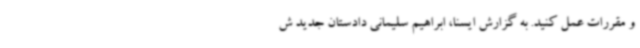
و مقررات عمل کنید. به گزارش ایسنا، ابراهیم سلیمانی دادستان جدید ش